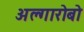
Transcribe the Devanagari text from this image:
अल्गारोबो